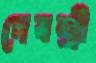
দেবশ্রী